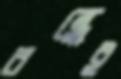
বন্ধেই